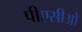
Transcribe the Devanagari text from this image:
पीएसीओ